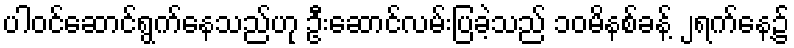
ပါဝင်ဆောင်ရွက်နေသည်ဟု ဦးဆောင်လမ်းပြခဲ့သည် ၁၀မိနစ်ခန့် ၂ရက်နေ့၌